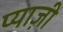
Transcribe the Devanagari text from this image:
प्याज़ी